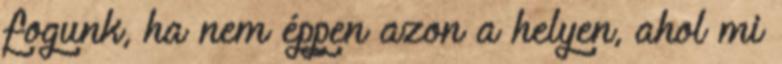
fogunk, ha nem éppen azon a helyen, ahol mi